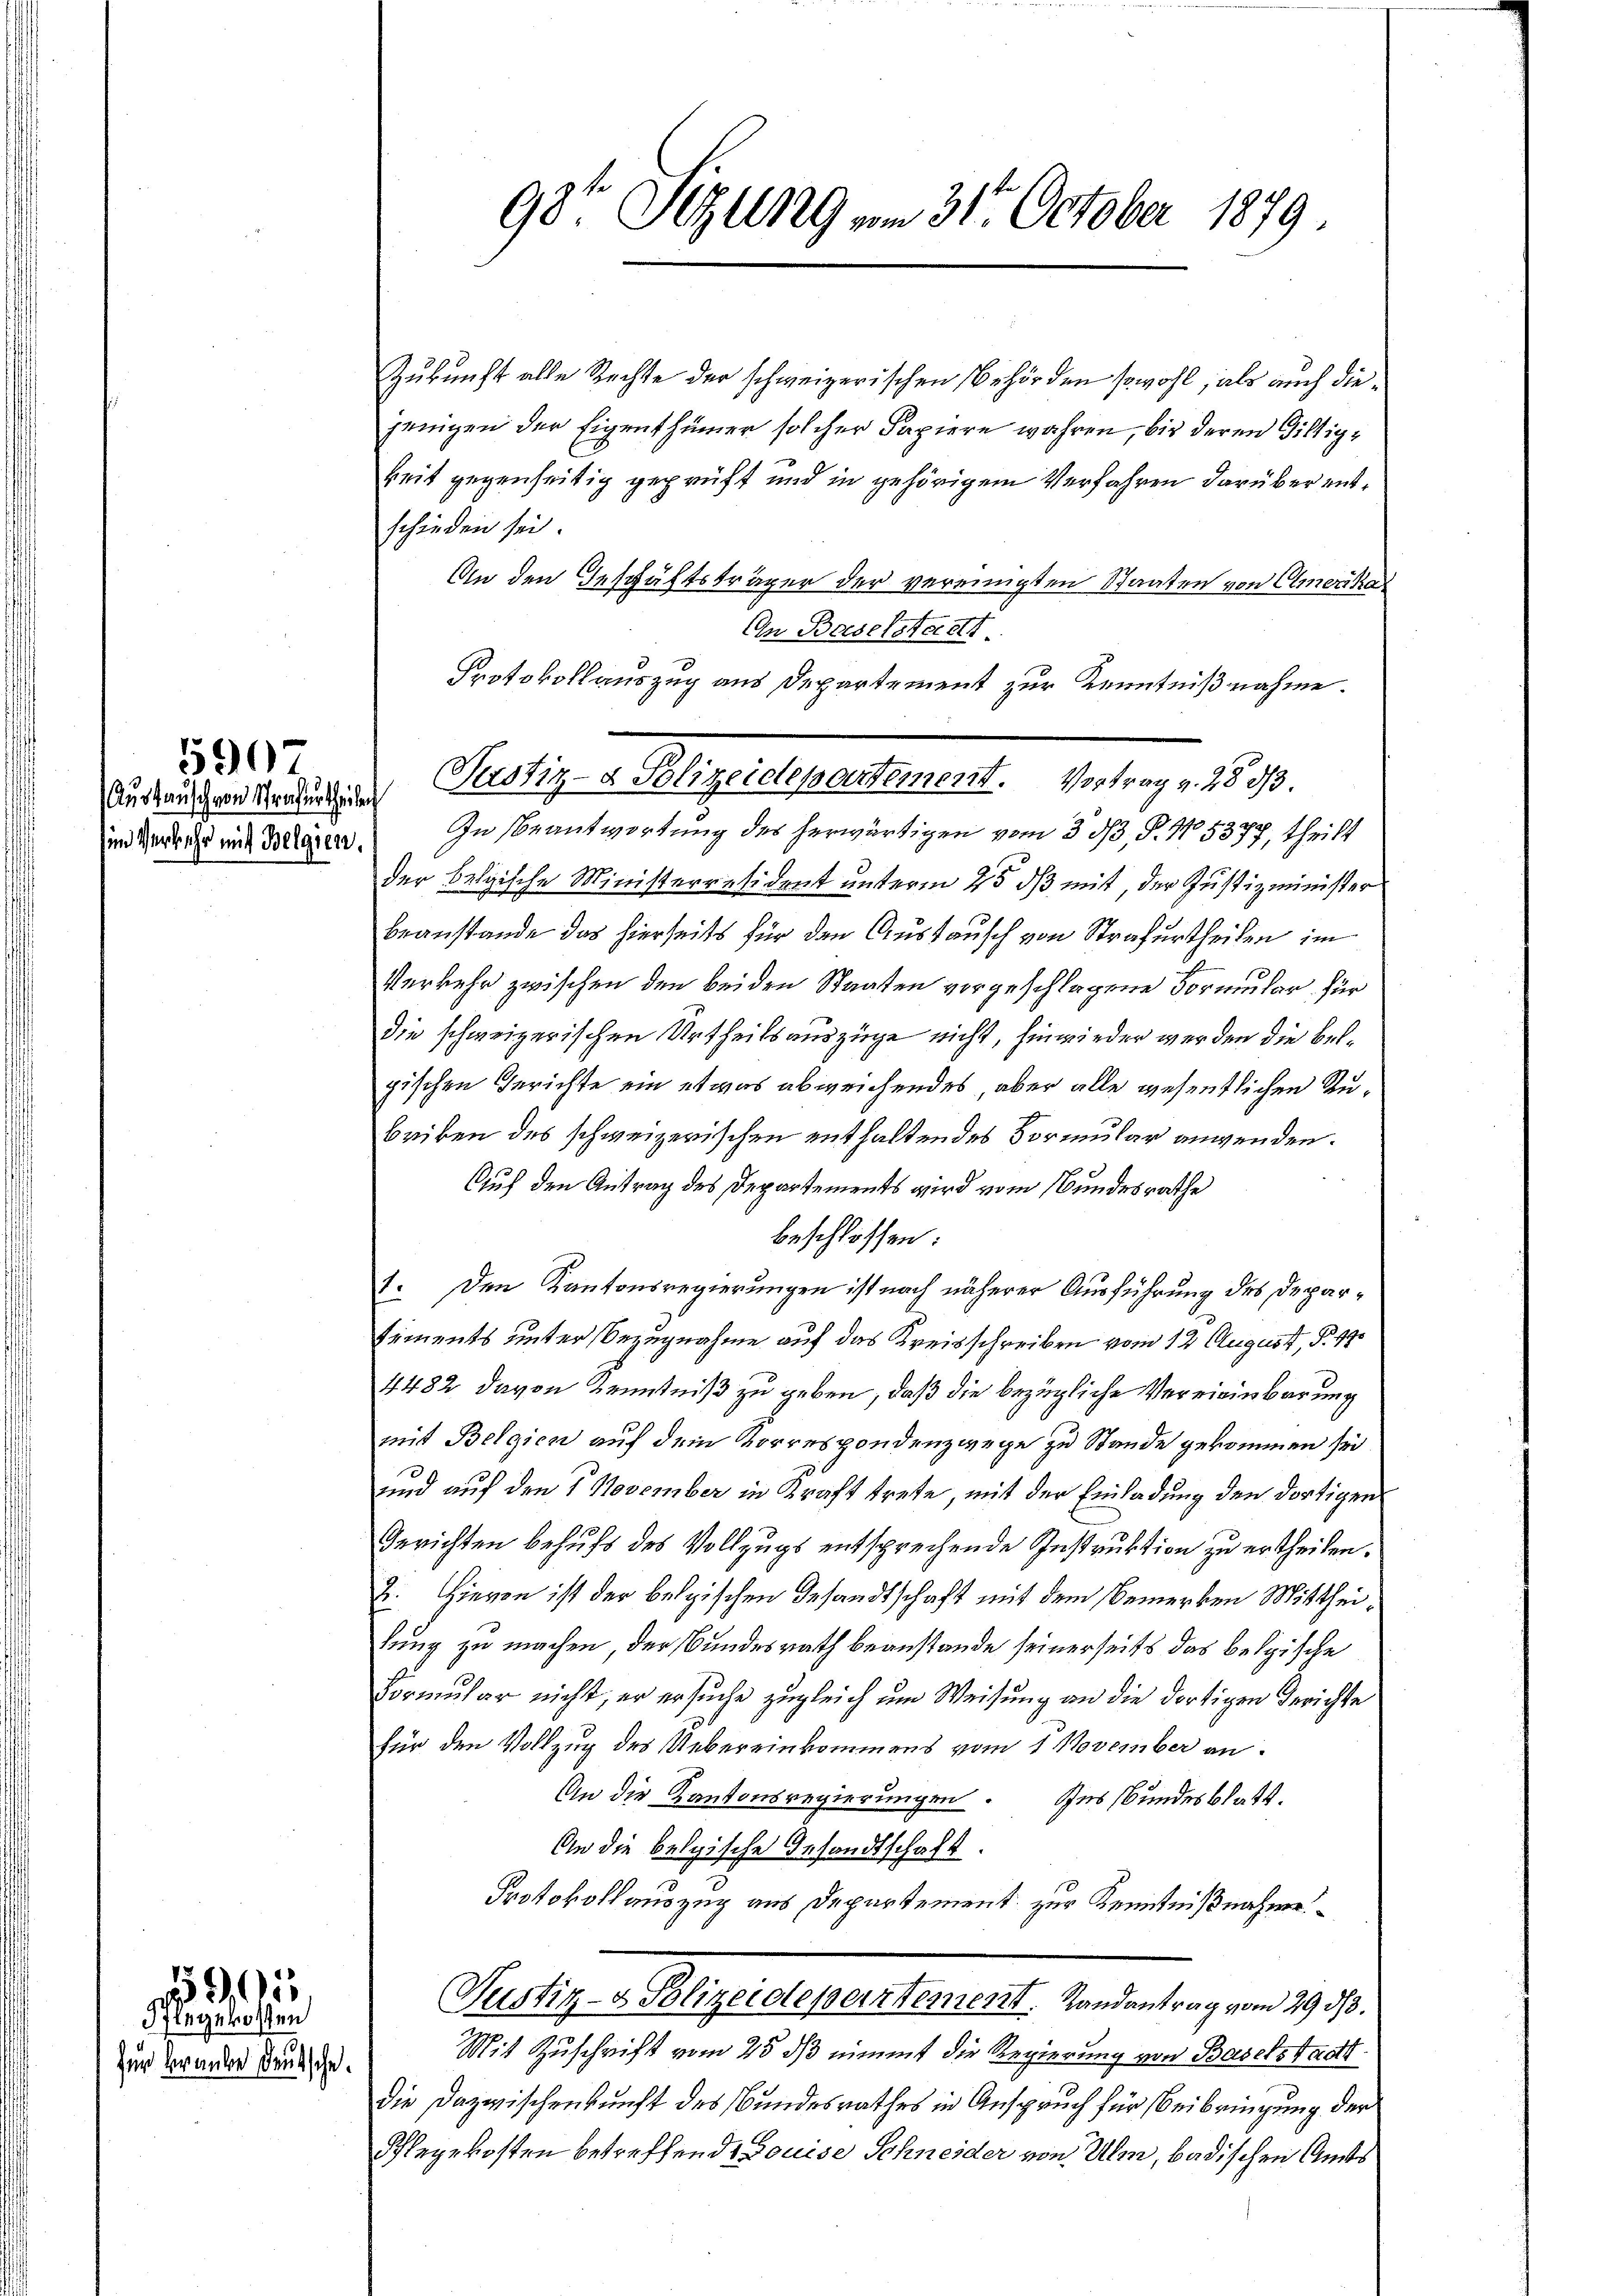
in Verkehr mit Belgien.

590

59, 55
Pflegekosten
für kranke deutsche

98te Sitzung am 31. October 1879.

Zukunft alle Rechte der schweizerischen Behörden sowohl, als auch diejeingen der Eigenthümer solcher Papiere wahren, bis deren Gilligkeit gegenseitig geprüft und in gehörigem Verfahren darüber entschieden sei
An den Geschäftsträger der vereinigten Staaten von Amerika
In Baselstere
Protokollauszug aus Departement zur Kenntnißnahme.
In Beantwortung des herwärtigen vom 3 1/3. P. No. 5377, theilt
der belgische Ministerresident unterm 25 ds mit, der Justizminister
beanstande das hierseits für den Austausch von Strafurtheilen im
Verkehr zwischen den beiden Staaten vorgeschlagene Formular für
die schweizerischen Urtheilsauszüge nicht, hinwieder werden die Belpischen Gerichte ein etwas abweichendes, aber alle wesentlichen Rubriben des schweizerischen enthaltendes Vormular anwenden.
Auf den Antrag des Departements wird vom Bundesrathe
beschlossen:
1. Den Kantonsregierungen ist nach näherer Ausführung des Depar¬
Siments unter Bezugnahme auf das Kreisschreiben vom 12. August, P. 17
4482 davon Kenntniß zu geben, daß die bezügliche Vereininbarung
mit Belgien auf dem Korrespondenzwege zu Stande gekommen sei.
und auf den 1. November in Kraft trete, mit der Einladung den dortigen
Gerichten behufs des Vollzugs entsprechende Instruktion zu ertheilen.
2. Hievon ist der belgischen Gesandtschaft mit dem Bemerken Mittheilung zu machen, der Bundesrath beanstande seinerseits das belgische
Formular nicht, er ersuche zugleich um Weisung an die dortigen Gerichte
für den Vollzug des Uebereinkommens vom 7. November an:
An die Kantonsregierungen Ins Bundesblatt.
An die belgische Gesandtschaft.
Protokollauszug aus Departement zur Kenntnißnahme
Justiz- & Polizeidleperrtement. Landantrag vom 29. d.
Mit Zuschrift vom 25. ds nimmt die Regierung von Baselstadt
die Dazwischenkunft des Bundesrathes in Anspruch für Beibringung der
Schlegekosten betreffende Louise Schneider von Ulm, badischen Amts

Ausdauern Reducia Justiz- & Polizeidepartement. Vortrag v. 283.